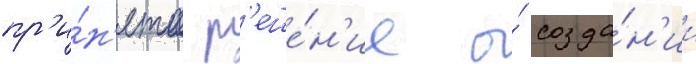
пр'и́н'ято р'еше́н'ие о́ созда́н'ии